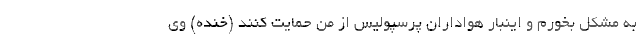
به مشکل بخورم و اینبار هواداران پرسپولیس از من حمایت کنند (خنده) وی